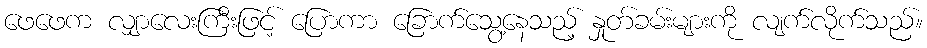
ဖေဖေက လျှာလေးကြီးဖြင့် ပြောကာ ခြောက်သွေ့နေသည့် နှုတ်ခမ်းများကို လျက်လိုက်သည်။